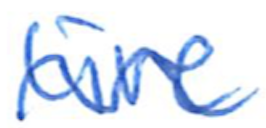
Text: live
Cross-out: wave
Writing tool: ballpoint